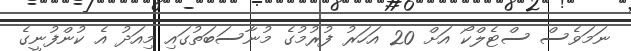
ނަމަވެސް ސްޓެލްކޯ އަށް 20 އަހަރު ފުރުމުގެ މުނާސަބަތުގައި މިއަދު އެ ކުންފުނީގެ